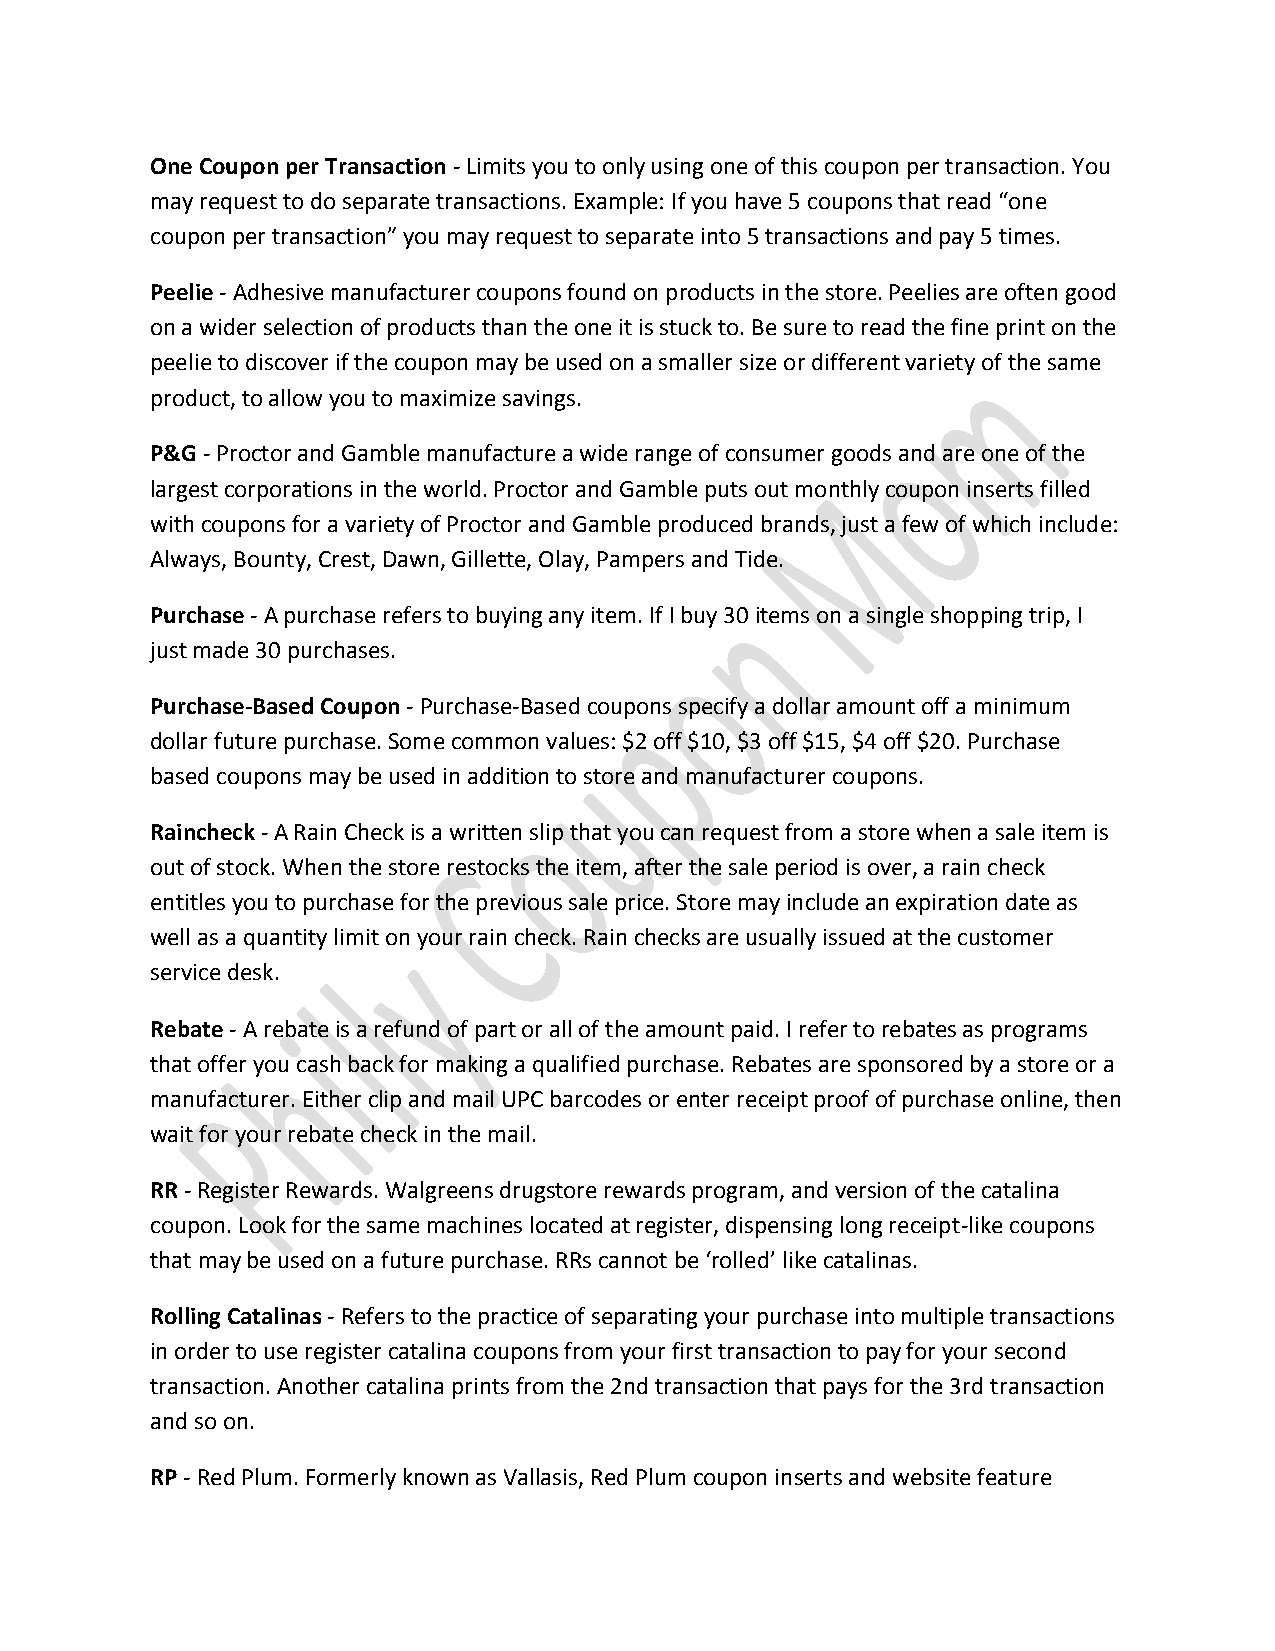
One Coupon per Transaction - Limits you to only using one of this coupon per transaction. You
 may request to do separate transactions. Example: If you have 5 coupons that read “one
 coupon per transaction” you may request to separate into 5 transactions and pay 5 times.
 Peelie - Adhesive manufacturer coupons found on products in the store. Peelies are often good
 on a wider selection of products than the one it is stuck to. Be sure to read the fine print on the
 peelie to discover if the coupon may be used on a smaller size or different variety of the same
 product, to allow you to maximize savings.
 P&G - Proctor and Gamble manufacture a wide range of consumer goods and are one of the
 largest corporations in the world. Proctor and Gamble puts out monthly coupon inserts filled
 with coupons for a variety of Proctor and Gamble produced brands, just a few of which include:
 Always, Bounty, Crest, Dawn, Gillette, Olay, Pampers and Tide.
 Purchase - A purchase refers to buying any item. If I buy 30 items on a single shopping trip, I
 just made 30 purchases.
 Purchase-Based Coupon - Purchase-Based coupons specify a dollar amount off a minimum
 dollar future purchase. Some common values: $2 off $10, $3 off $15, $4 off $20. Purchase
 based coupons may be used in addition to store and manufacturer coupons.
 Raincheck - A Rain Check is a written slip that you can request from a store when a sale item is
 out of stock. When the store restocks the item, after the sale period is over, a rain check
 entitles you to purchase for the previous sale price. Store may include an expiration date as
 well as a quantity limit on your rain check. Rain checks are usually issued at the customer
 service desk.
 Rebate - A rebate is a refund of part or all of the amount paid. I refer to rebates as programs
 that offer you cash back for making a qualified purchase. Rebates are sponsored by a store or a
 manufacturer. Either clip and mail UPC barcodes or enter receipt proof of purchase online, then
 wait for your rebate check in the mail.
 RR - Register Rewards. Walgreens drugstore rewards program, and version of the catalina
 coupon. Look for the same machines located at register, dispensing long receipt-like coupons
 that may be used on a future purchase. RRs cannot be ‘rolled’ like catalinas.
 Rolling Catalinas - Refers to the practice of separating your purchase into multiple transactions
 in order to use register catalina coupons from your first transaction to pay for your second
 transaction. Another catalina prints from the 2nd transaction that pays for the 3rd transaction
 and so on.
 RP - Red Plum. Formerly known as Vallasis, Red Plum coupon inserts and website feature